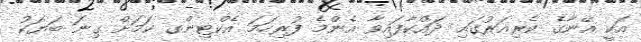
އަކީ އޭނާގެ ކެރިއަރުގައި ދައްކާފައިވާ އެންމެ ފުރިހަމަ އެކްޓިންގ ކަމަށް ގިނަ ބަޔަކު